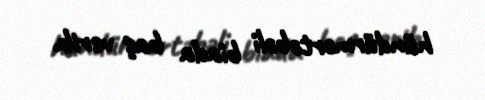
hündürmərtəbəli biada baş verib.